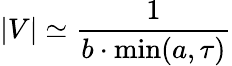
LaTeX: \left|V\right|\simeq\frac 1{b\cdot\operatorname*{min}(a,\tau)}